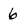
Character: 6